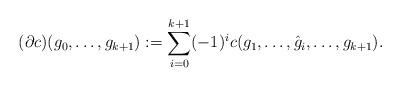
LaTeX: \begin{align*}(\partial c)(g_0,\ldots,g_{k+1}):=\sum_{i=0}^{k+1}(-1)^ic(g_1,\ldots,\hat{g}_i,\ldots,g_{k+1}).\end{align*}